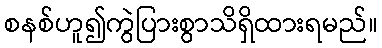
စနစ်ဟူ၍ကွဲပြားစွာသိရှိထားရမည်။